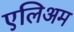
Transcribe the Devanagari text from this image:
एलिअम